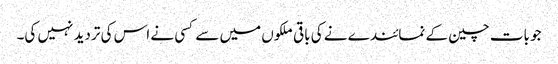
جو بات چین کے نمائندے نے کی باقی ملکوں میں سے کسی نے اس کی تردید نہیں کی۔